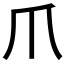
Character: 爪